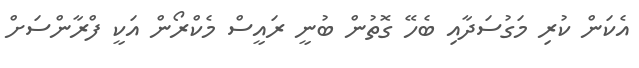
އެކަން ކުރި މަގުސަދާއި ބެހޭ ގޮތުން ބުނީ ރައީސް މެކްރޯން އަކީ ފްރާންސަށް